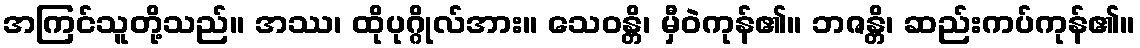
အကြင်သူတို့သည်။ အဿ၊ ထိုပုဂ္ဂိုလ်အား။ သေဝန္တိ၊ မှီဝဲကုန်၏။ ဘဇန္တိ၊ ဆည်းကပ်ကုန်၏။